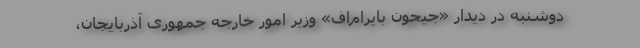
دوشنبه در دیدار «جیحون بایرام‌اف» وزیر امور خارجه جمهوری آذربایجان،